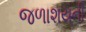
જળાશયની